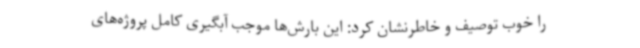
را خوب توصیف و خاطرنشان کرد: این بارش‌ها موجب آبگیری کامل پروژه‌های